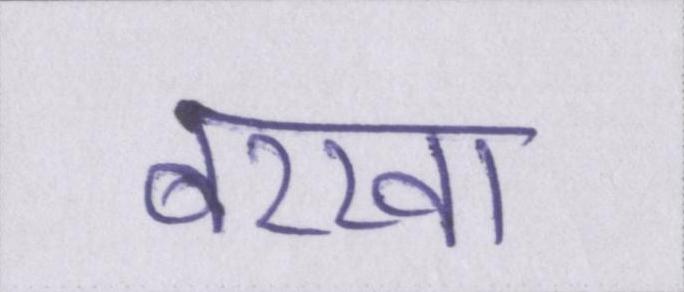
बरखा